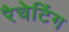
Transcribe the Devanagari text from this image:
रैचेटिंग